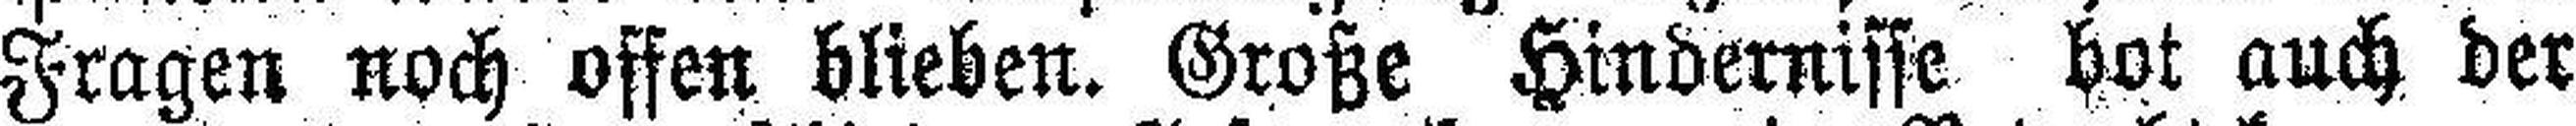
Fragen noch offen blieben. Große Hindernisse bot auch der